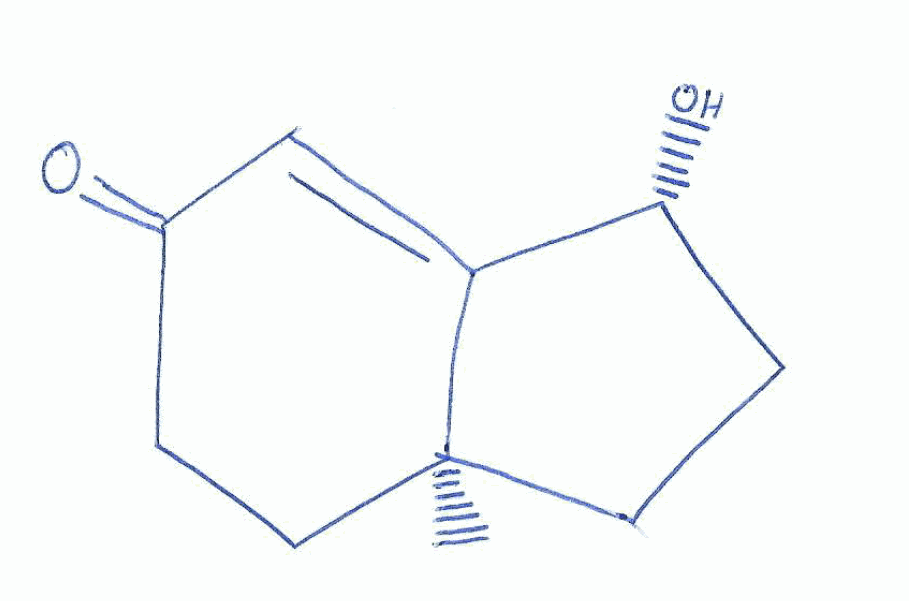
Simplified molecular-input line-entry system (SMILES) notation of the given molecule:
C[C@@]12CC[C@H](C1=CC(=O)CC2)O